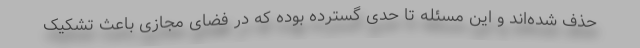
حذف شده‌اند و این مسئله تا حدی گسترده بوده که در فضای مجازی باعث تشکیک